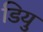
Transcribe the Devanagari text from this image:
डियु